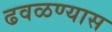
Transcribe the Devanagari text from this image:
ढवळण्यास